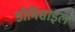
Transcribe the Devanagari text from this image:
डोमिसाइल